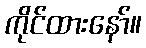
ကိုင်ထားနော်။